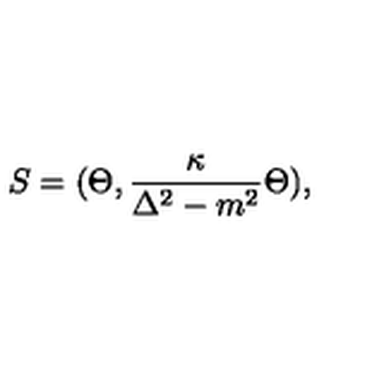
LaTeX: S = ( \Theta , { \frac { \kappa } { \Delta ^ { 2 } - m ^ { 2 } } } \Theta ) ,